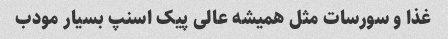
غذا و سورسات مثل همیشه عالی پیک اسنپ بسیار مودب